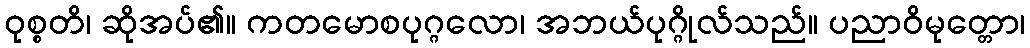
ဝုစ္စတိ၊ ဆိုအပ်၏။ ကတမောစပုဂ္ဂလော၊ အဘယ်ပုဂ္ဂိုလ်သည်။ ပညာဝိမုတ္တော၊